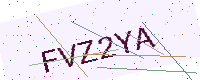
Text: FVZ2YA